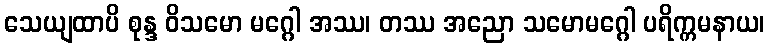
သေယျထာပိ စုန္ဒ ဝိသမော မဂ္ဂေါ အဿ၊ တဿ အညော သမောမဂ္ဂေါ ပရိက္ကမနာယ၊